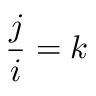
{ \frac { j } { i } } = k